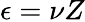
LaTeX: \epsilon=\nu Z